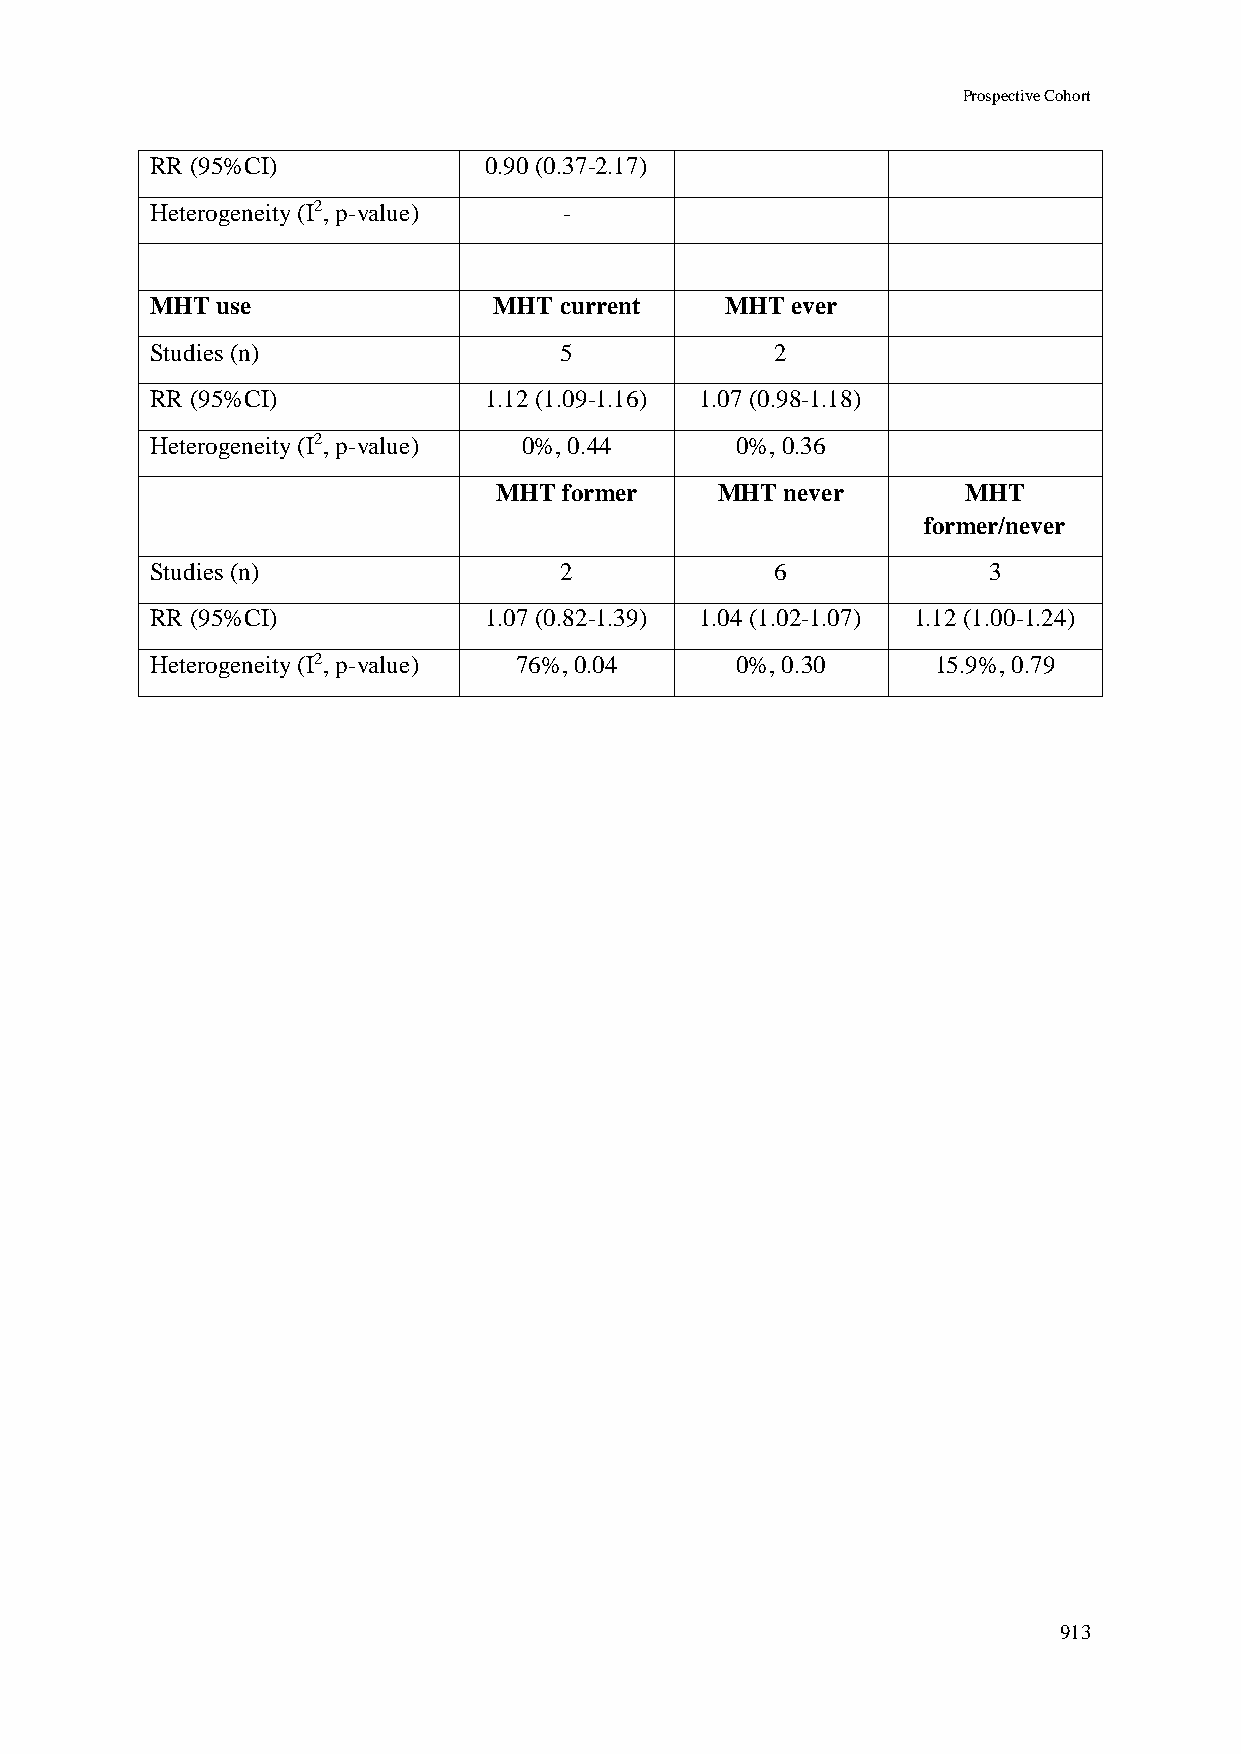
Prospective Cohort
 RR (95%CI)            0.90 (0.37-2.17)
 Heterogeneity (I2, p-value) -
 MHT use                MHT current    MHT ever
 Studies (n)                5             2
 RR (95%CI)            1.12 (1.09-1.16) 1.07 (0.98-1.18)
 Heterogeneity (I2, p-value) 0%, 0.44   0%, 0.36
 MHT former    MHT  never       MHT
 former/never
 Studies (n)                2             6             3
 RR (95%CI)            1.07 (0.82-1.39) 1.04 (1.02-1.07) 1.12 (1.00-1.24)
 Heterogeneity (I2, p-value) 76%, 0.04  0%, 0.30     15.9%, 0.79
 913